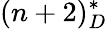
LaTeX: (n+2)_{D}^{*}